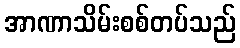
အာဏာသိမ်းစစ်တပ်သည်